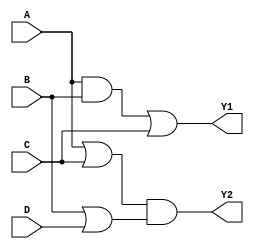
module optimized_comb_logic (
    input wire A,
    input wire B,
    input wire C,
    input wire D,
    output wire Y1,
    output wire Y2
);

// Level 1: Initial Logic Expression
// Assume the initial logic expressions are:
// Y1 = A & B | C
// Y2 = (A | C) & (B | D)

// Level 2: First Simplification
// Y1 can be simplified to Y1 = AB + C
// Y2 can be simplified to Y2 = (A + C)(B + D)

// Level 3: Factorization
// No further factorization is necessary in this case.

// Level 4: Multi-Level Optimization
// Shared Sub-expressions
wire AB;       // Shared sub-expression for Y1
wire AC;       // Shared sub-expression for Y2
wire BD;       // Shared sub-expression for Y2

// Calculate shared sub-expressions
assign AB = A & B;   // AB for Y1
assign AC = A | C;   // AC for Y2
assign BD = B | D;   // BD for Y2

// Final Expressions
assign Y1 = AB | C;            // Final expression for Y1
assign Y2 = AC & BD;           // Final expression for Y2

endmodule